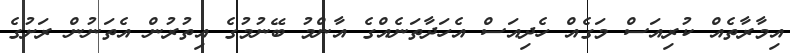
އިމާރާތެއް ކުރިއަސް މަގެއް ހެދިއަސް އެހަދާތަނެއްގެ އާންމު ބޭނުމުގެ އިތުރުން އެތަނުން ރަށުގެ